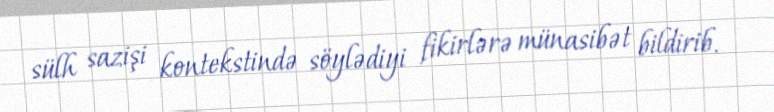
sülh sazişi kontekstində söylədiyi fikirlərə münasibət bildirib.